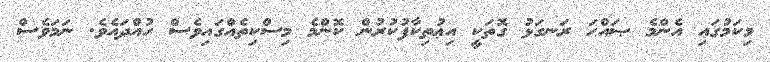
މިކަމުގައި އެންމެ ޞައްޙަ ރަނގަޅު ގޮތަކީ އިޢުތިކާފުކުރުން ކޮންމެ މިސްކިތެއްގައިވެސް ހުއްދައެވެ. ނަމަވެސް